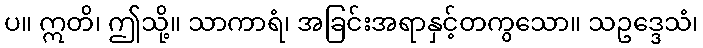
ပ။ ဣတိ၊ ဤသို့။ သာကာရံ၊ အခြင်းအရာနှင့်တကွသော။ သဥဒ္ဒေသံ၊